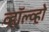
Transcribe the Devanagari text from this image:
व्हॉल्व्हो